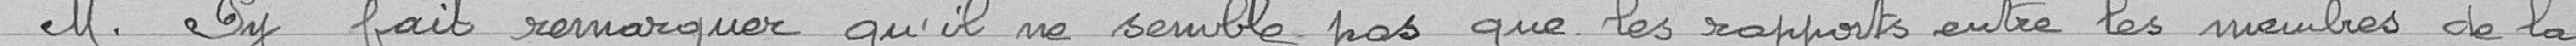
M. Py fait remarquer qu'il ne semble pas que les rapports entre les membres de la